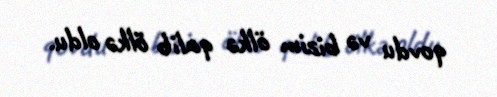
qovdu və bizim ölkə qalib ölkə oldu.